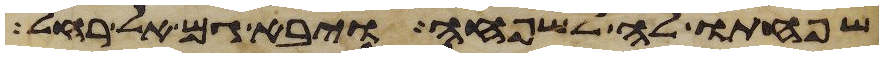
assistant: שפחתו לה לשפחה ויבא גם אל רחל